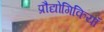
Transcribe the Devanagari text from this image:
प्रौद्योगिकियॉ